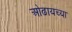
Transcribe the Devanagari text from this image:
ओढायच्या